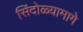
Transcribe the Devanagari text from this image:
सिंदोळ्यामागे